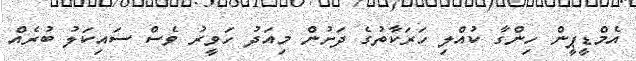
އެމްޑީޕީން ހިންގާ ކުއްލި ހަރަކާތުގެ ދަށުން މިއަދު ހަވީރު ވެސް ސައިކަލު ބުރެއް